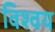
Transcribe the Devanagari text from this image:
विश्वय